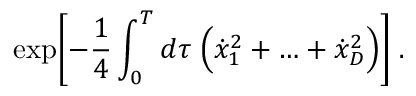
\exp \biggl [ - \frac { 1 } { 4 } \int _ { 0 } ^ { T } d \tau \; \Bigl ( \dot { x } _ { 1 } ^ { 2 } + \ldots + \dot { x } _ { D } ^ { 2 } \Bigr ) \biggr ] \; .